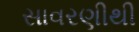
સાવરણીથી